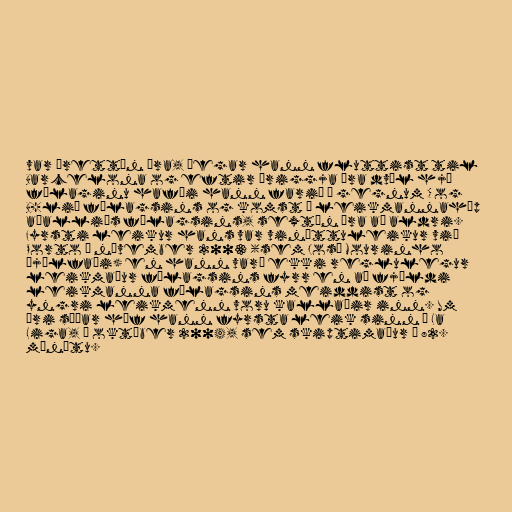
var þrettán ára, þegar hann fluttist til
Barcelona og eftir þriggja ára dvöl hjá
félaginu hafði hann farið í gegnum C og
B-lið félagsins og komst í leikmannahóp
aðalliðs félagsins, sextán ára að aldri.
Fyrsti leikur hans var vináttuleikur við
Porto í nóvember 2003 (sem José Mourinho
þjálfaði) en hann varð ekki reglulegur
leikmaður félagsins fyrr en að fjöldi
leikmanna félagsins meiddist og
yngri leikmenn voru kallaðir inn. Um
ári síðar hóf hann fyrsta leik sinn í La
Liga, í október 2004, sem skiptimaður á 82.
mínútu.